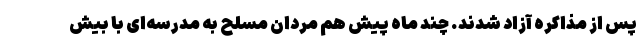
پس از مذاکره آزاد شدند. چند ماه پیش هم مردان مسلح به مدرسه‌ای با بیش